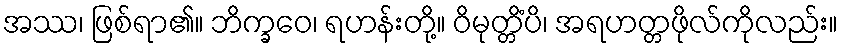
အဿ၊ ဖြစ်ရာ၏။ ဘိက္ခဝေ၊ ရဟန်းတို့။ ဝိမုတ္တိံပိ၊ အရဟတ္တဖိုလ်ကိုလည်း။